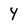
Character: Y